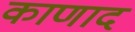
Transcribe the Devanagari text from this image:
काणाद